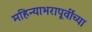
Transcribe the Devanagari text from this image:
महिन्याभरापूर्वीच्या